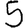
Digit: 5